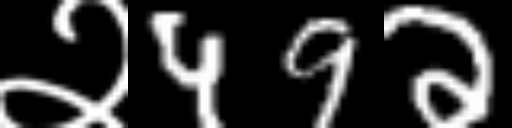
Text: २492